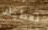
نعطيك